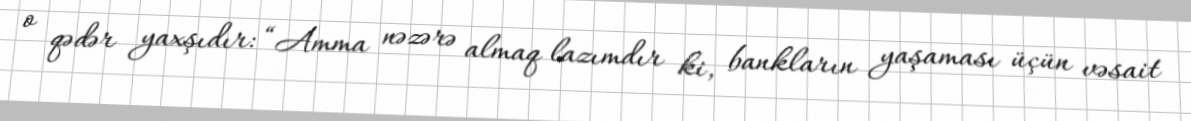
o qədər yaxşıdır: “Amma nəzərə almaq lazımdır ki, bankların yaşaması üçün vəsait